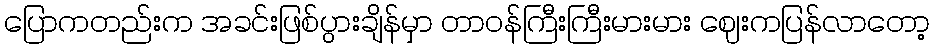
ပြောကတည်းက အခင်းဖြစ်ပွားချိန်မှာ တာဝန်ကြီးကြီးမားမား ဈေးကပြန်လာတော့